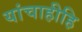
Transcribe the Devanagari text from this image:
यांचाहीहि